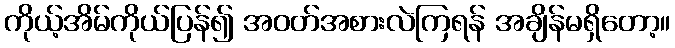
ကိုယ့်အိမ်ကိုယ်ပြန်၍ အဝတ်အစားလဲကြရန် အချိန်မရှိတော့။